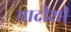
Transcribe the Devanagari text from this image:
मादीशी